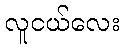
လူငယ်လေး